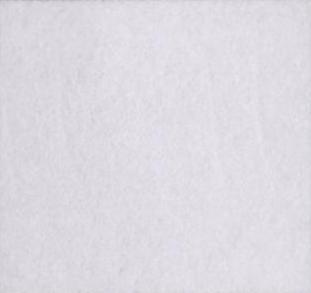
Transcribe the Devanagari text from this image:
०